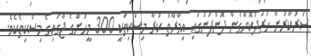
ސަރުކާރުން ހަރަދުކޮށްގެން ދޮންފަނުގައި އިމާރާތް ކުރާ މިސްކިތަކީ 300 މީހުންގެ ޖާގައިގެ މިސްކިތެކެވެ.